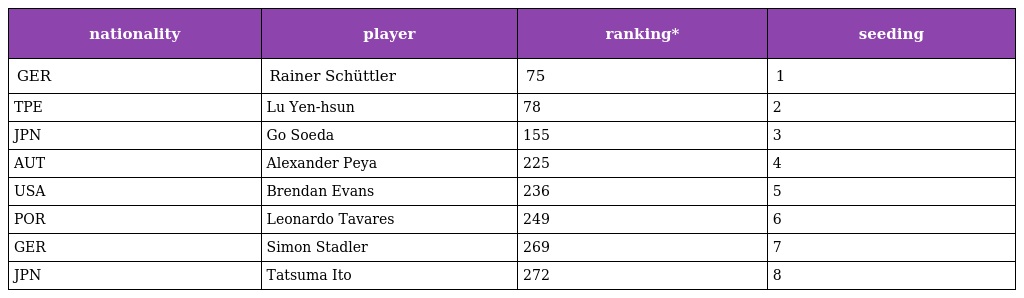
| nationality | player | ranking* | seeding |
 | --- | --- | --- | --- |
 | GER | Rainer Schüttler | 75 | 1 |
 | TPE | Lu Yen-hsun | 78 | 2 |
 | JPN | Go Soeda | 155 | 3 |
 | AUT | Alexander Peya | 225 | 4 |
 | USA | Brendan Evans | 236 | 5 |
 | POR | Leonardo Tavares | 249 | 6 |
 | GER | Simon Stadler | 269 | 7 |
 | JPN | Tatsuma Ito | 272 | 8 |